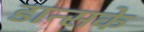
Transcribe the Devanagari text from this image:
डान्सके